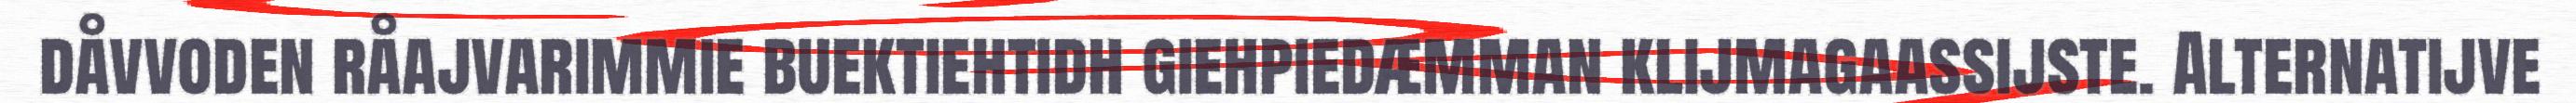
dåvvoden råajvarimmie buektiehtidh giehpiedæmman klijmagaassijste. Alternatijve